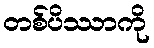
တစ်ပိဿာကို